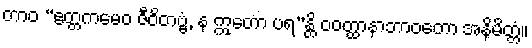
တာဝ “ဧတ္တကမေဝ ဇီဝိတဗ္ဗံ, န ဣတော ပရ”န္တိ ဝဝတ္ထာနာဘာဝတော အနိမိတ္တံ။